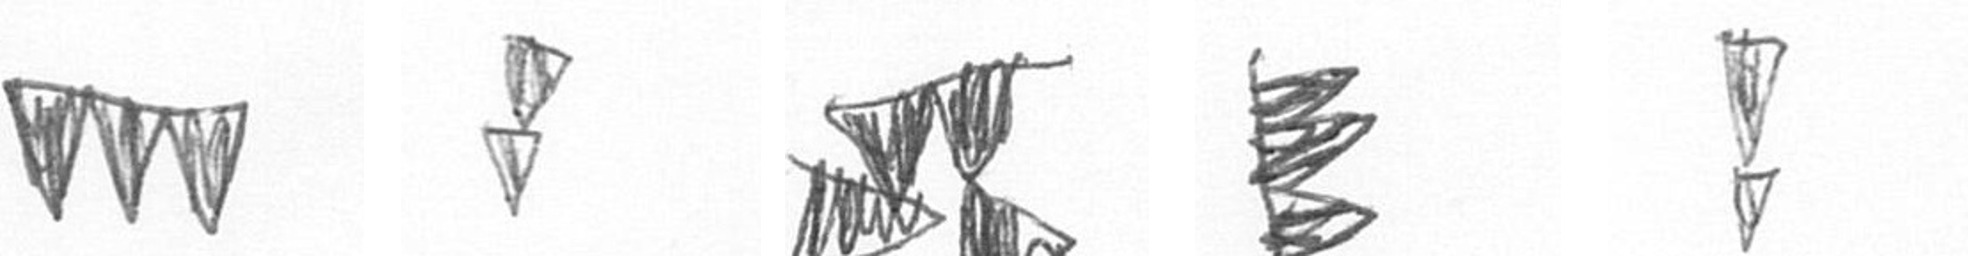
L Z B H Z